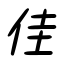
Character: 佳